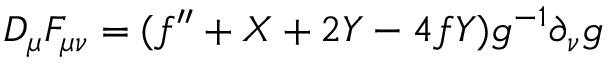
D _ { \mu } F _ { \mu \nu } = ( f ^ { \prime \prime } + X + 2 Y - 4 f Y ) g ^ { - 1 } \partial _ { \nu } g